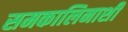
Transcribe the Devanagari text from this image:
समकालिनाशी